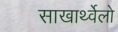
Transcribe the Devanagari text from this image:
साखार्थ्वेलो